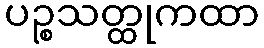
ပဉ္စသတ္ထုကထာ